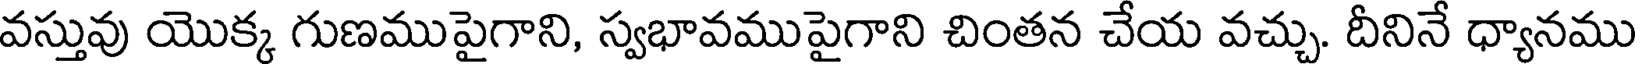
వస్తువు యొక్క గుణముపైగాని, స్వభావముపైగాని చింతన చేయ వచ్చు. దీనినే ధ్యానము